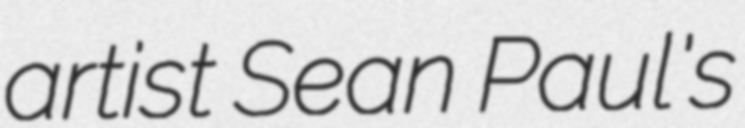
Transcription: artist Sean Paul's